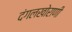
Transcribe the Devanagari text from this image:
दंगलखोराणी